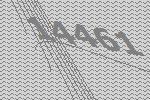
14461